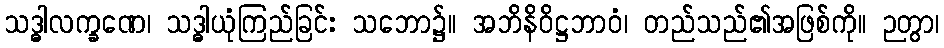
သဒ္ဓါလက္ခဏေ၊ သဒ္ဓါယုံကြည်ခြင်း သဘော၌။ အဘိနိဝိဋ္ဌဘာဝံ၊ တည်သည်၏အဖြစ်ကို။ ဉတွာ၊